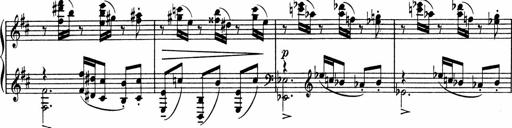
Title: Sonatine pour piano
Composer: Albert Roussel